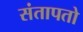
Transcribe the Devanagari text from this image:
संतापतो